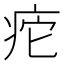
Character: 㾃